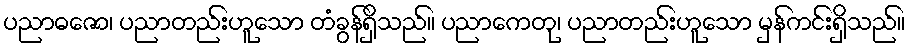
ပညာဓဇော၊ ပညာတည်းဟူသော တံခွန်ရှိသည်။ ပညာကေတု၊ ပညာတည်းဟူသော မှန်ကင်းရှိသည်။